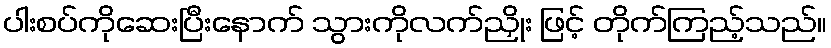
ပါးစပ်ကိုဆေးပြီးနောက် သွားကိုလက်ညှိုး ဖြင့် တိုက်ကြည့်သည်။